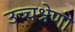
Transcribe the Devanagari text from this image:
उच्चश्रेणी